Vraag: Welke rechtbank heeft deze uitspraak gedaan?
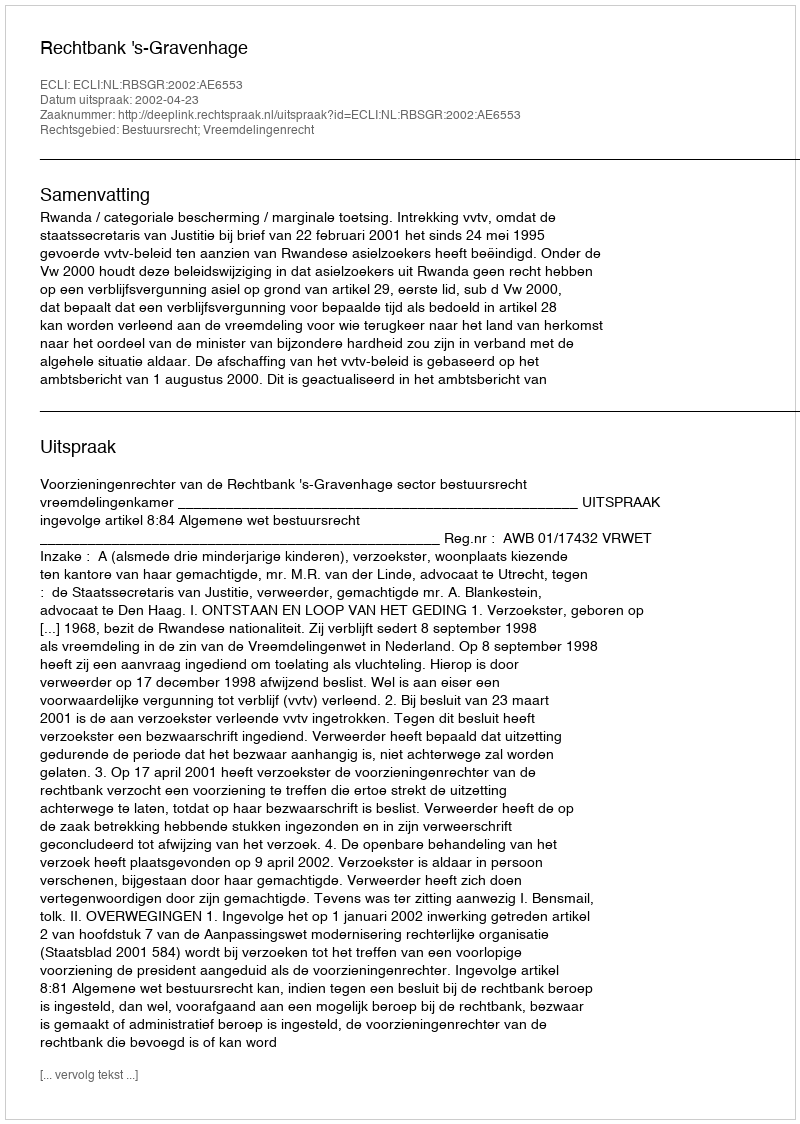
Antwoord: Rechtbank 's-Gravenhage